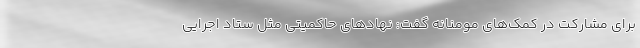
برای مشارکت در کمک‌های مومنانه گفت: نهادهای حاکمیتی مثل ستاد اجرایی